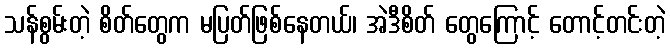
သန်စွမ်းတဲ့ စိတ်တွေက မပြတ်ဖြစ်နေတယ်၊ အဲဒီစိတ် တွေကြောင့် တောင့်တင်းတဲ့